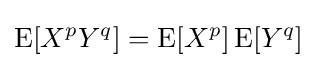
\operatorname {E} [X^{p}Y^{q}]=\operatorname {E} [X^{p}]\operatorname {E} [Y^{q}]